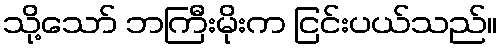
သို့သော် ဘကြီးမိုးက ငြင်းပယ်သည်။